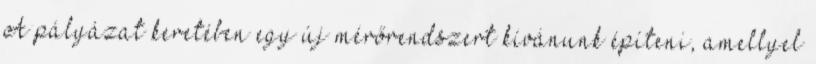
A pályázat keretében egy új mérőrendszert kívánunk építeni, amellyel